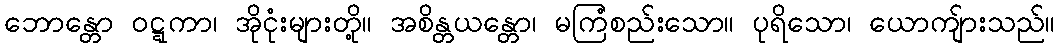
ဘောန္တော ဝဋ္ဋကာ၊ အိုငုံးများတို့။ အစိန္တယန္တော၊ မကြံစည်းသော။ ပုရိသော၊ ယောကျ်ားသည်။